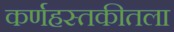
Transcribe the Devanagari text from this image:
कर्णहस्तकीतला